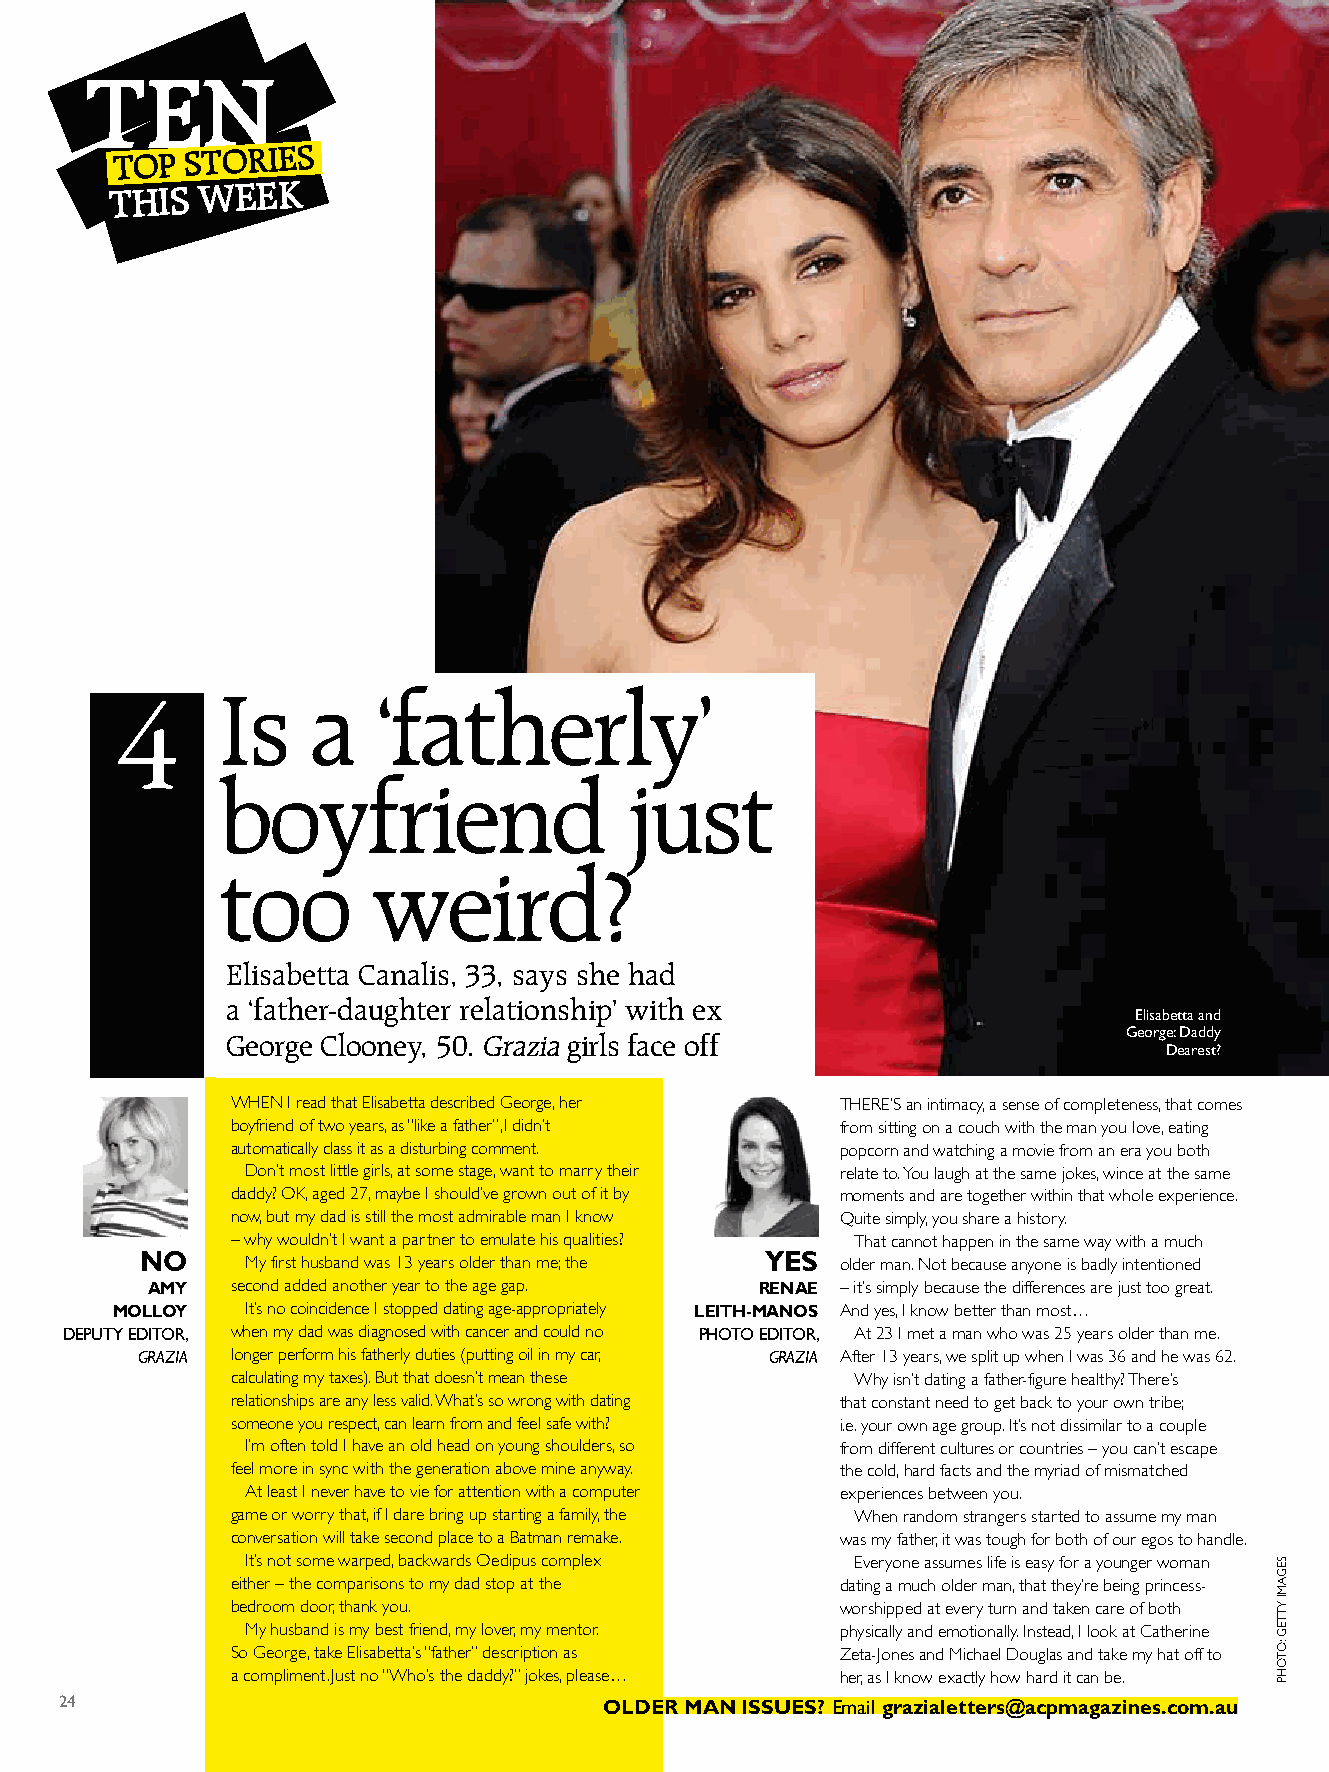
ten
 top
 StorIeS
 tHIS  WeeK
 Is     a   ‘fatherly’
 4
 boyfriend                  just
 Caption to go
 in here about
 something
 too        weird?
 Elisabetta Canalis, 33, says she had
 a ‘father-daughter relationship’ with ex
 Elisabetta and
 George Clooney, 50. Grazia girls face off                   George: Daddy
 Dearest?
 When I read that elisabetta described George, her There’S an intimacy, a sense of completeness, that comes
 boyfriend of two years, as “like a father”, I didn’t from sitting on a couch with the man you love, eating
 automatically class it as a disturbing comment. popcorn and watching a movie from an era you both
 Don’t most little girls, at some stage, want to marry their relate to. You laugh at the same jokes, wince at the same
 daddy? OK, aged 27, maybe I should’ve grown out of it by moments and are together within that whole experience.
 now, but my dad is still the most admirable man I know Quite simply, you share a history.
 – why wouldn’t I want a partner to emulate his qualities? That cannot happen in the same way with a much
 no     My first husband was 13 years older than me; the yes older man. not because anyone is badly intentioned
 Amy  second added another year to the age gap. RenAe – it’s simply because the differences are just too great.
 molloy   It’s no coincidence I stopped dating age-appropriately leith-mAnos And yes, I know better than most…
 DEPUTY EDITOR, when my dad was diagnosed with cancer and could no PHOTO EDITOR, At 23 I met a man who was 25 years older than me.
 GRAZIA longer perform his fatherly duties (putting oil in my car, GRAZIA After 13 years, we split up when I was 36 and he was 62.
 calculating my taxes). But that doesn’t mean these Why isn’t dating a father-figure healthy? There’s
 relationships are any less valid. What’s so wrong with dating that constant need to get back to your own tribe;
 someone you respect, can learn from and feel safe with? i.e. your own age group. It’s not dissimilar to a couple
 I’m often told I have an old head on young shoulders, so from different cultures or countries – you can’t escape
 feel more in sync with the generation above mine anyway. the cold, hard facts and the myriad of mismatched
 At least I never have to vie for attention with a computer experiences between you.
 game or worry that, if I dare bring up starting a family, the When random strangers started to assume my man
 conversation will take second place to a Batman remake. was my father, it was tough for both of our egos to handle.
 It’s not some warped, backwards Oedipus complex everyone assumes life is easy for a younger woman
 either – the comparisons to my dad stop at the dating a much older man, that they’re being princess-
 bedroom door, thank you.                 worshipped at every turn and taken care of both
 My husband is my best friend, my lover, my mentor. physically and emotionally. Instead, I look at Catherine
 So George, take elisabetta’s “father” description as Zeta-Jones and Michael Douglas and take my hat off to
 a compliment. Just no “Who’s the daddy?” jokes, please… her, as I know exactly how hard it can be.
 24                                  oldeR mAn issues? Email grazialetters@acpmagazines.com.au
 SeGAMI
 YTTeG
 :OTOhp